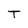
Character: T